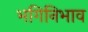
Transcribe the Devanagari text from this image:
भगिनिभाव